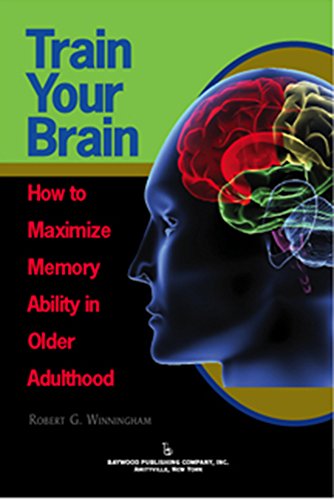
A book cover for Train Your Brain: How to Maximize Memory Ability in Older Adulthood; Robert G. Winningham; Health, Fitness & Dieting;